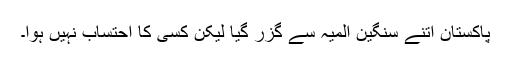
پاکستان اتنے سنگین المیہ سے گزر گیا لیکن کسی کا احتساب نہیں ہوا۔